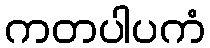
ကတပါပကံ